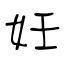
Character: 妊